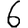
Digit: 6